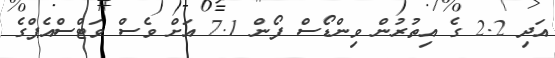
އަދި 2.2 ގެ އިތުރުން ވިންޑޯސް ފޯން 7.1 އަށް ވެސް ވަޓްސްއެޕްގެ